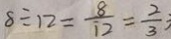
8 \div 1 2 = \frac { 8 } { 1 2 } = \frac { 2 } { 3 }